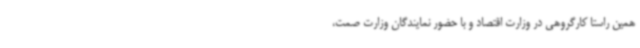
همین راستا کارگروهی در وزارت اقتصاد و با حضور نمایندگان وزارت صمت،